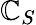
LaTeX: \mathbb{C}_{S}